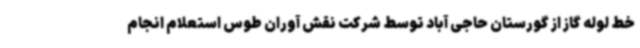
خط لوله گاز از گورستان حاجی آباد توسط شرکت نقش آوران طوس استعلام انجام